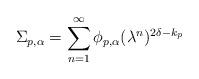
LaTeX: \begin{align*}\Sigma_{p,\alpha} = \sum_{n = 1}^\infty \phi_{p,\alpha}(\lambda^n)^{2\delta - k_p}\end{align*}